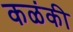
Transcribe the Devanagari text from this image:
कळंकी